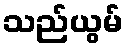
သည်ယွမ်